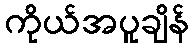
ကိုယ်အပူချိန်